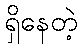
ရှိနေတဲ့